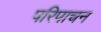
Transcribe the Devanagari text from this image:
परिपाचन